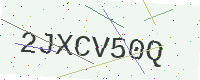
Text: 2JXCV50Q